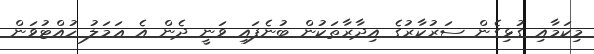
މިކަމާއި ގުޅިގެން ސަރުކާރުގެ އިދާރާތަކުން ބުނެފައި ވަނީ ދެން އެ ޢަމަލު ހުއްޓުވަން